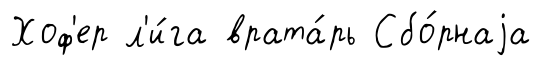
Хоф'ер л'и́га врата́рь Сбо́рнаjа